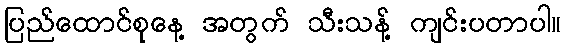
ပြည်ထောင်စုနေ့ အတွက် သီးသန့် ကျင်းပတာပါ။